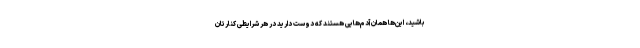
باشید، این‌ها همان آدم‌هایی هستند که دوست دارید در هر شرایطی کنارتان